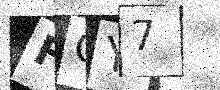
Text: FQY7